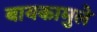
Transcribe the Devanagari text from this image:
बायकामुले